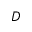
D